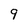
Character: 9